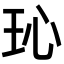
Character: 𪻒